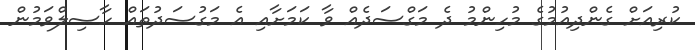
ކުރިއަށް ގެންދިއުމުގެ މުހިންމު ދެ މަގްސަދެއް ވާ ކަމަށާއި އެ މަގުސަދުތައް ހާސިލްވަމުން